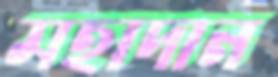
মহাদান